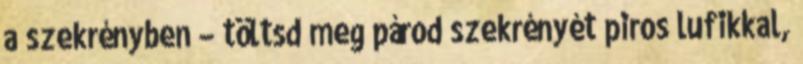
a szekrényben – töltsd meg párod szekrényét piros lufikkal,